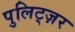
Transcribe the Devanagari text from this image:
पुलिट्ज़र